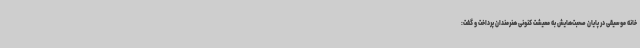
خانه موسیقی در پایان صحبت‌هایش به معیشت کنونی هنرمندان پرداخت و گفت: